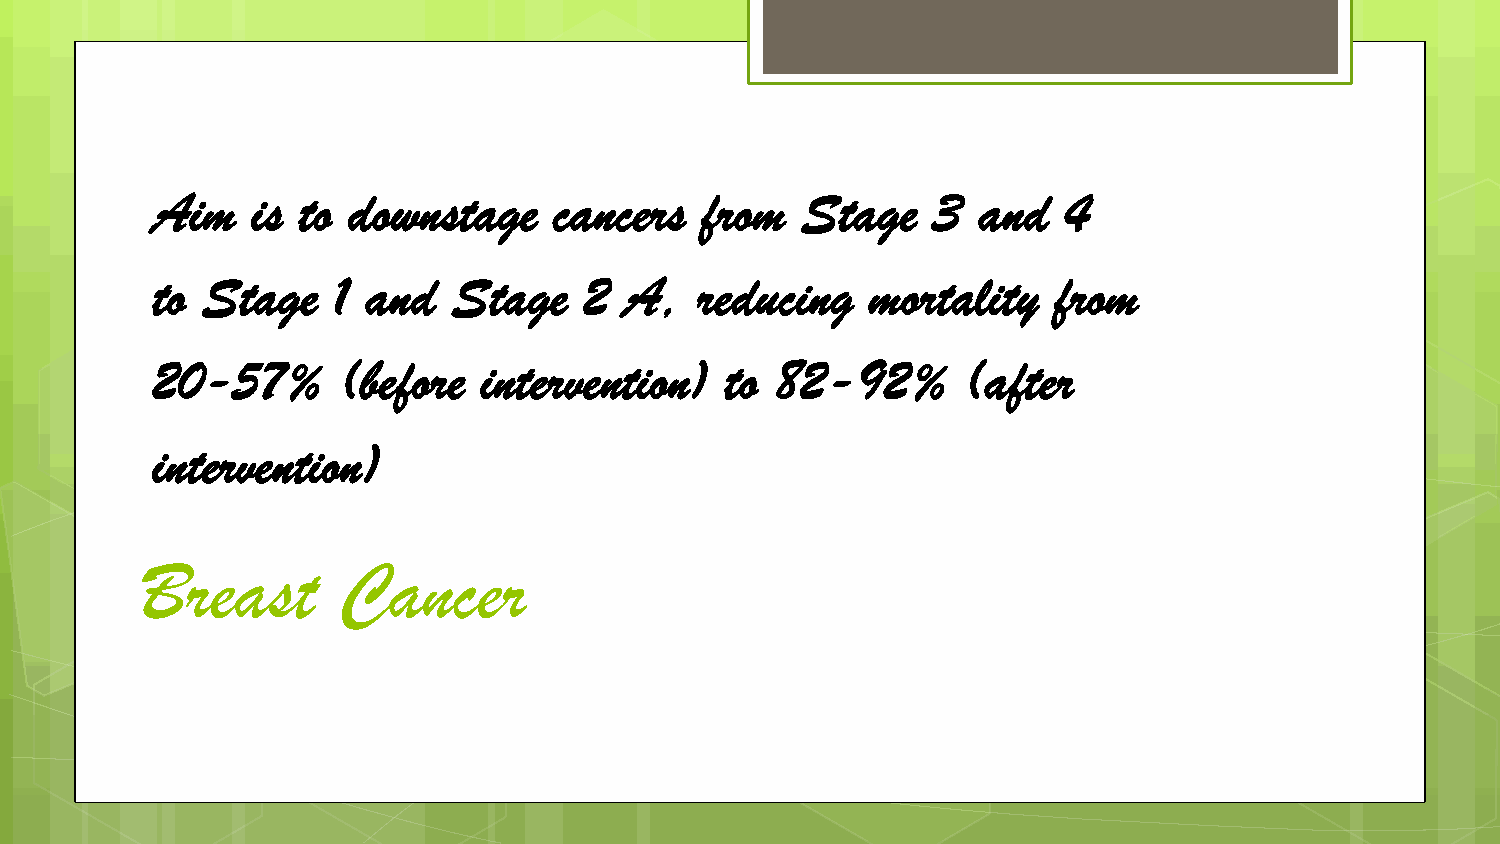
Aim    is to downstage     cancers  from   Stage    3  and  4
 to Stage    1 and   Stage    2 A,   reducing    mortality   from
 20-57%       (before  intervention)   to 82-92%       (after
 intervention)
 Breast       Cancer